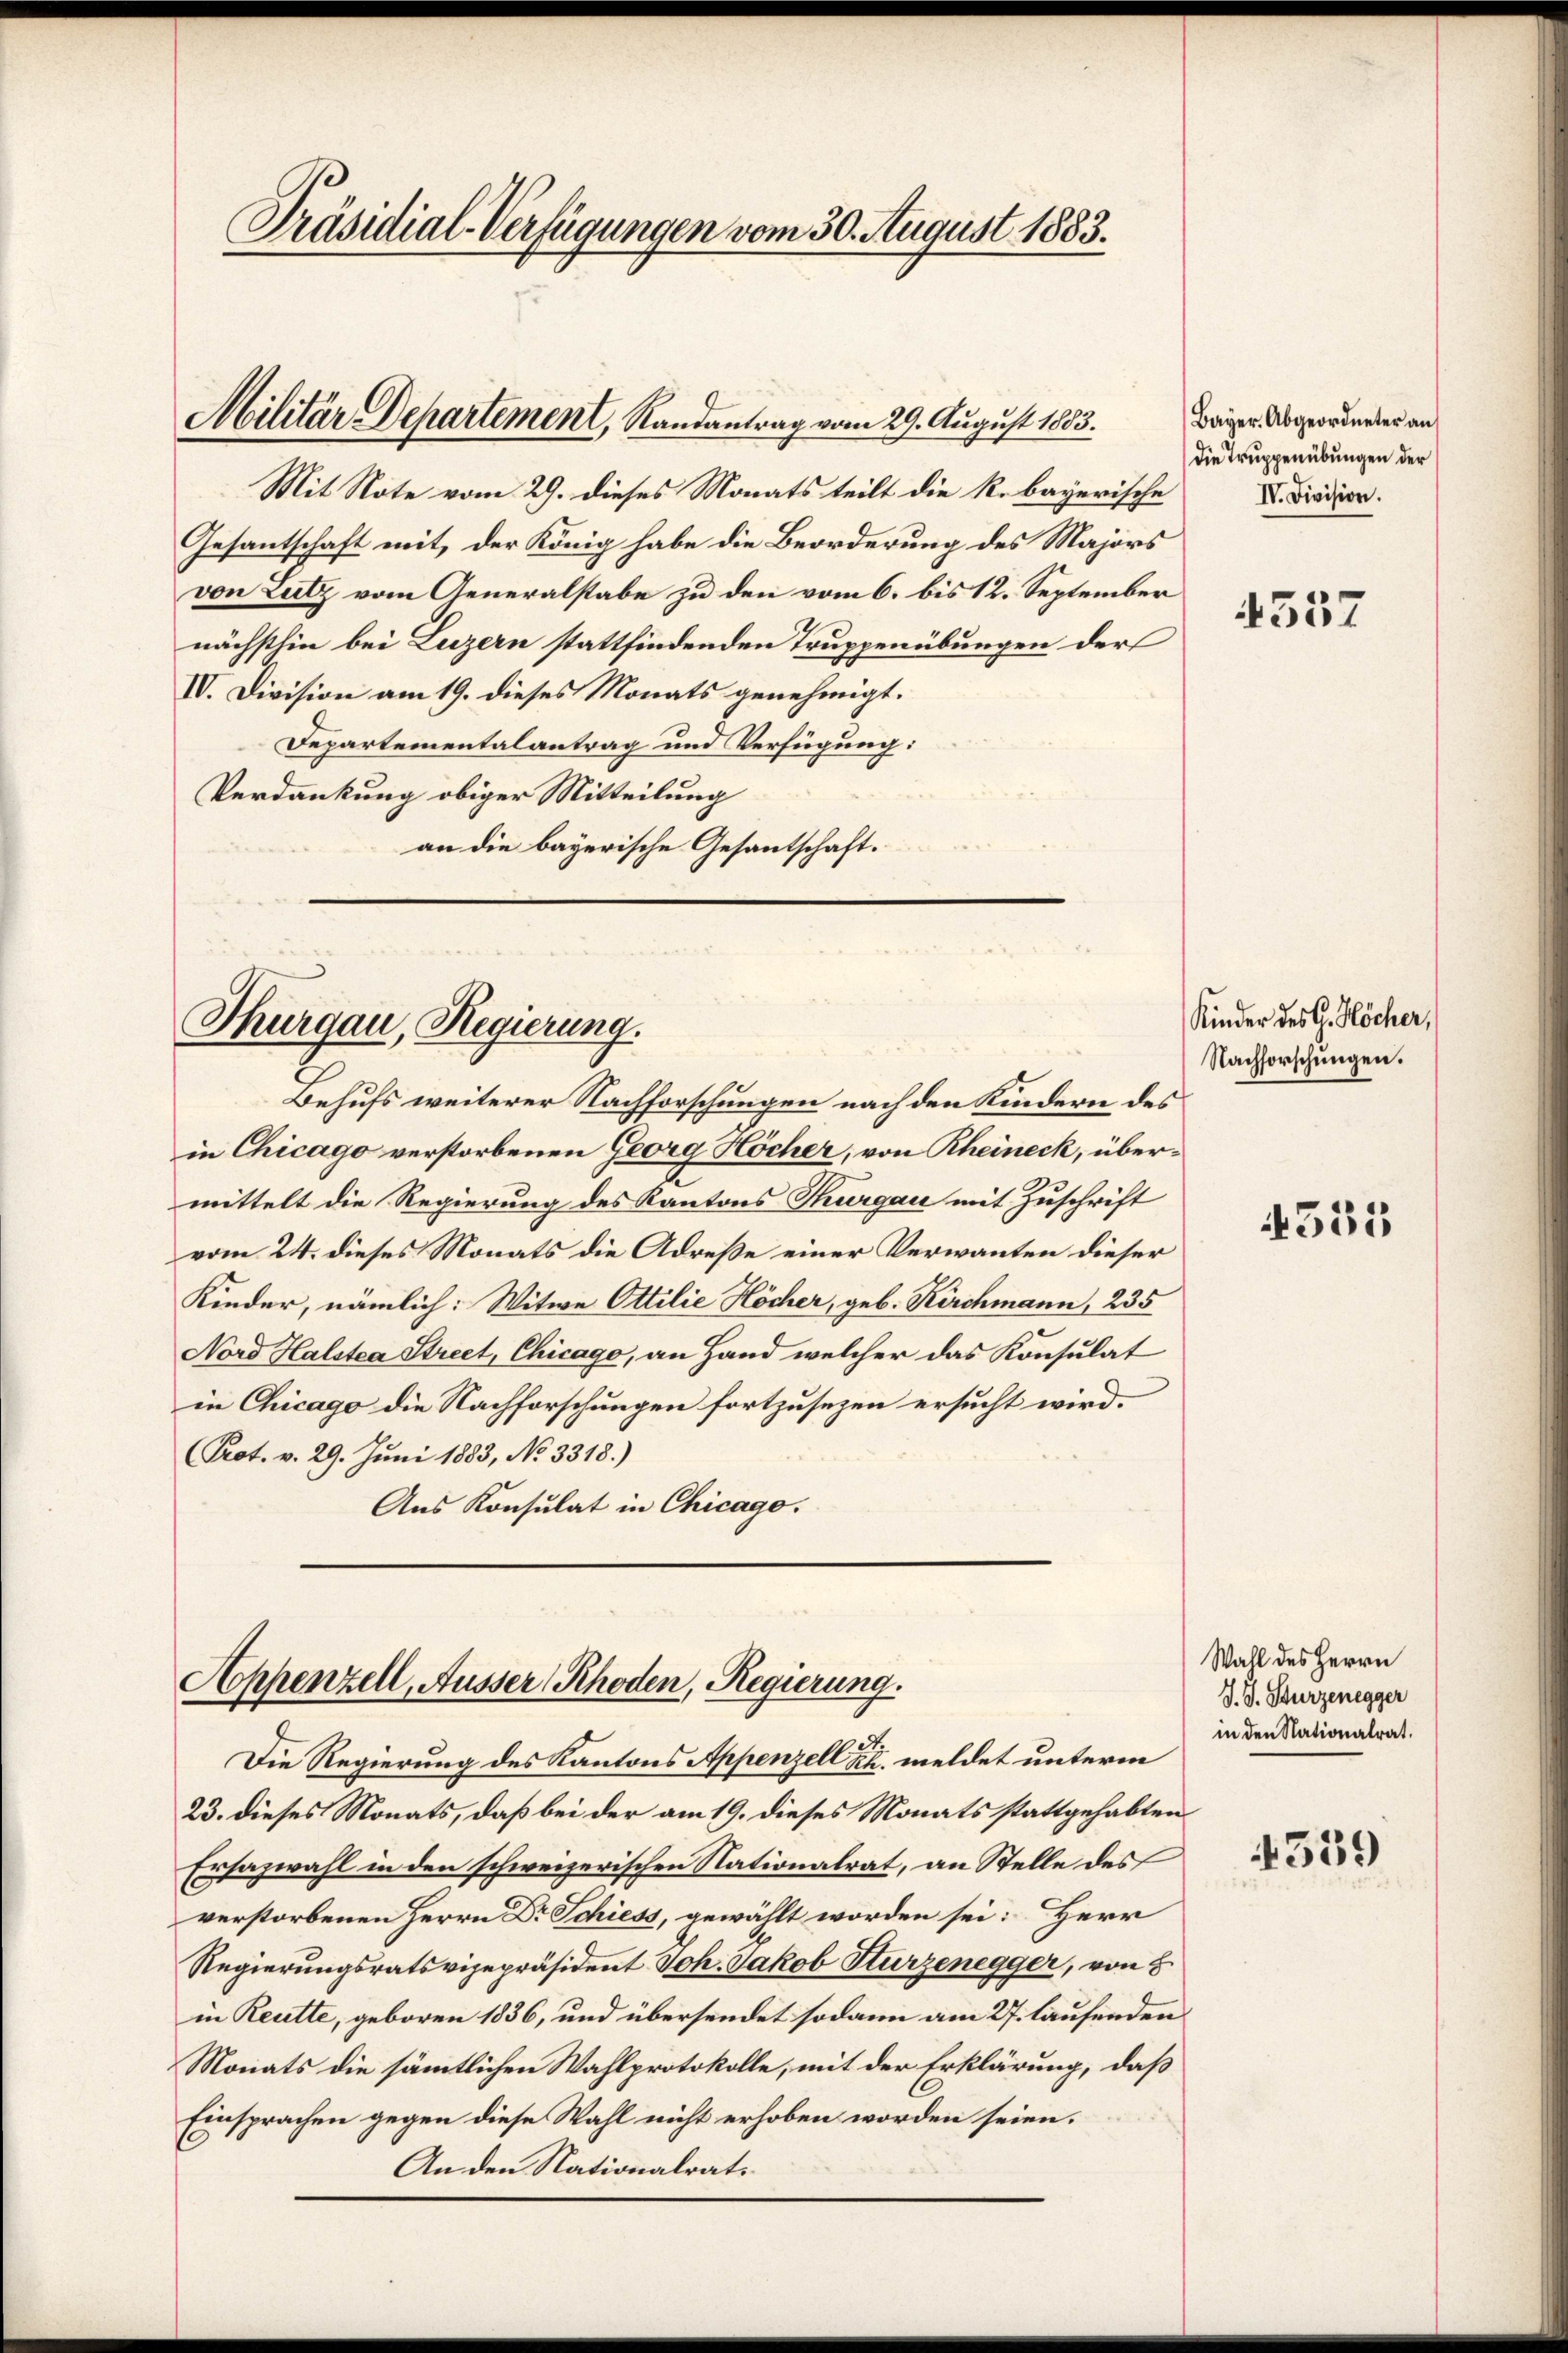
Präsidial-Verfügungen vom 30. August 1883.

Militär-Departement, Randantrag vom 29. August 1883.

Thurgau, Regierung.

Appenzell, Äusser Rhoden, Regierung.

Mit Note vom 29. dieses Monats teilt die k. bayerische
Gesantschaft mit der König habe die Beorderung des Majors
von Lutz vom Generalstabe zu den vom 6. bis 12. September
nächsthin bei Luzern stattfindenden Truppenübungen der
IV. Division am 19. dieses Monats genehmigt.
Departementalantrag und Verfügung:
Verdankung obiger Mitteilung
an die bayerische Gesantschaft.

Bayer. Abgeordneter an
Die Truppenübungen der
IV. Division.

Behufs weiterer Nachforschungen nach den Kindern des
in Chicago verstorbenen Georg Höcher, von Rheineck, übermittelt die Regierung des Kantons Thurgau mit Zuschrift
vom 24. dieses Monats die Adreße einer Verwanten dieser
Kinder, nämlich: Witwe Ottilie Höcher, geb. Kirchmann, 235
Nord Halstea Street, Chicago, an Hand welcher das Konsulat
in Chicago die Nachforschungen fortzusezen ersucht wird.
(Prot. v. 29. Juni 1883, No 3318.)
Aus Konsulat in Chicago.

et
Die Regierung des Kantons Appenzell Rh. meldet unterm
23. dieses Monats, daß bei der am 19. dieses Monats stattgehabten
Ersazwahl in den schweizerischen Nationalrat, an Stelle des
verstorbenen Herrn Dr Schiess, gewählt worden sei: Herr
Regierungsratsvizepräsident Joh. Jakob Sturzenegger, von 8
in Reutte, geboren 1836, und übersendet sodann am 27. laufenden
Monats die sämmtlichen Wahlprotokolle, mit der Erklärung, daß
Einsprachen gegen diese Wahl nicht erhoben worden seien.
An den Nationalrat¬

4557

Kinder des G. Höcher,
Nachforschungen.

4555

Wahl des Herrn
J. J. Kurzenegger
in den Nationalrat.

4539